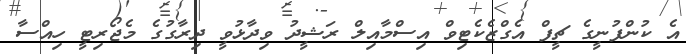
އެ ކުންފުނީގެ ޗީފް އެގްޒެކެޓިވް އިސްމާއިލް ރަޝީދު ވިދާޅުވީ ދިރާގުގެ މެޖޯރިޓީ ހިއްސާ